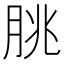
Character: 朓